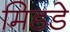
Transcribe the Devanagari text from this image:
मिडडे